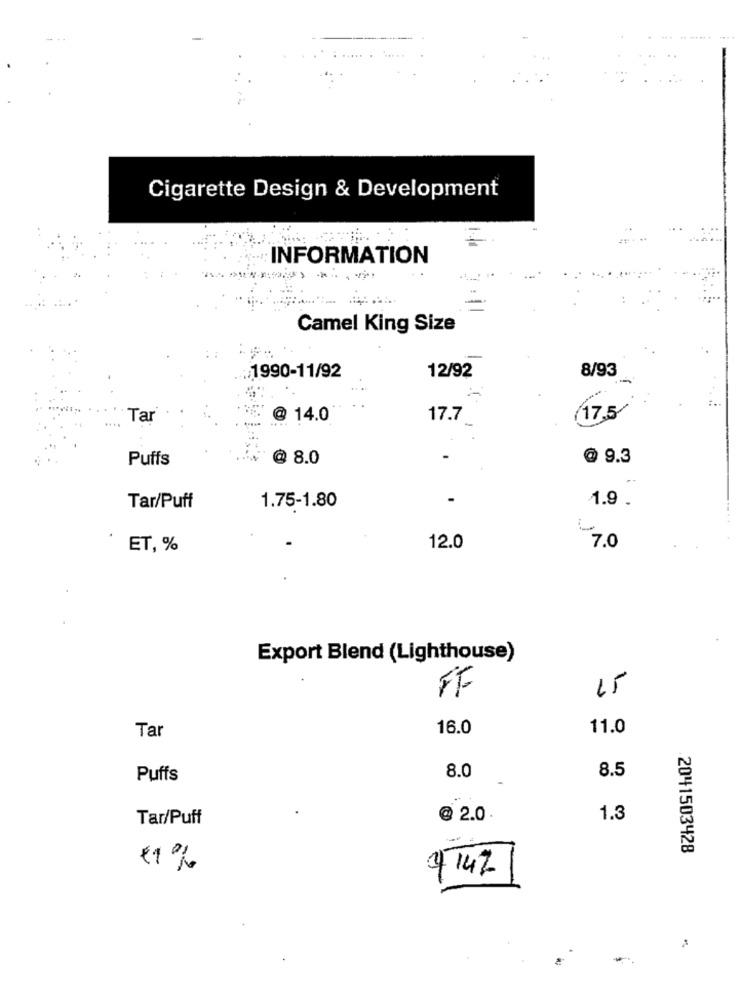
Cigarette Design & Development
INFORMATION
Camel King Size
:1990-11/92
8/93
12/92
(17.5/
Tar
14.0
17.7
Puffs
@ 8.0
@ 9.3
1.9.
Tar/Puff
1.75-1.80
ET, %
12.0
7.0
Export Blend (Lighthouse)
FF
15
Tar
16.0
11.0
8.5
Puffs
8.0
Tar/Puff
@ 2.0
1.3
2041503428
€1%
4142